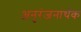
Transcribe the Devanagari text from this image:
अनुरंजनार्थक